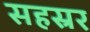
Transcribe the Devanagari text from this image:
सहस्रर